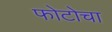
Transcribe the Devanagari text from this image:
फोटोचा